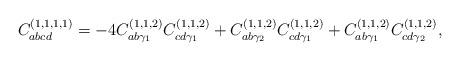
LaTeX: \begin{align*} C^{(1,1,1,1)}_{abcd} =-4C^{(1,1,2)}_{ab\gamma_1}C^{(1,1,2)}_{cd \gamma_1}+C^{(1,1,2)}_{ab\gamma_2}C^{(1,1,2)}_{cd \gamma_1}+C^{(1,1,2)}_{ab\gamma_1}C^{(1,1,2)}_{cd \gamma_2},\end{align*}